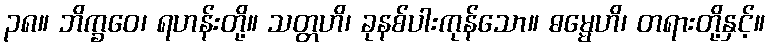
၃၈။ ဘိက္ခဝေ၊ ရဟန်းတို့။ သတ္တဟိ၊ ခုနစ်ပါးကုန်သော။ ဓမ္မေဟိ၊ တရားတို့နှင့်။